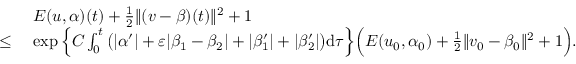
\begin{array} { r l } & { E ( u , \alpha ) ( t ) + \frac 1 2 \| ( v - \beta ) ( t ) \| ^ { 2 } + 1 } \\ { \le \ } & { \exp \Big \{ C \int _ { 0 } ^ { t } \big ( | \alpha ^ { \prime } | + \varepsilon | \beta _ { 1 } - \beta _ { 2 } | + | \beta _ { 1 } ^ { \prime } | + | \beta _ { 2 } ^ { \prime } | \big ) \mathrm { d } \tau \Big \} \Big ( E ( u _ { 0 } , \alpha _ { 0 } ) + \frac 1 2 \| v _ { 0 } - \beta _ { 0 } \| ^ { 2 } + 1 \Big ) . } \end{array}